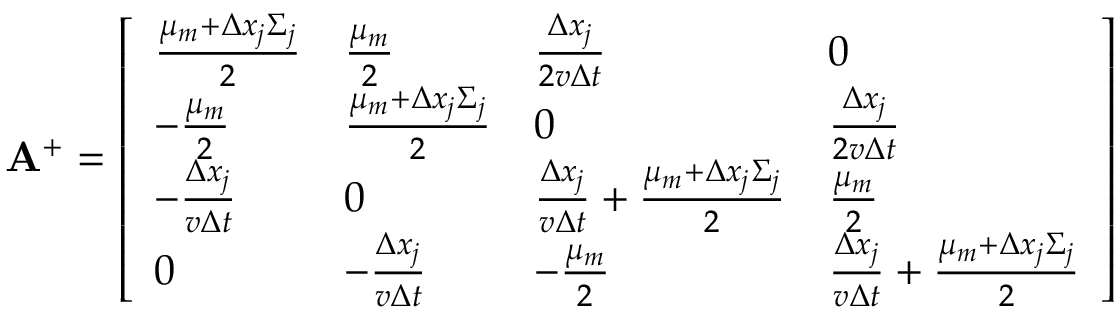
\mathbf { A } ^ { + } = \left[ \begin{array} { l l l l } { \frac { \mu _ { m } + \Delta x _ { j } \Sigma _ { j } } { 2 } } & { \frac { \mu _ { m } } { 2 } } & { \frac { \Delta x _ { j } } { 2 v \Delta t } } & { 0 } \\ { - \frac { \mu _ { m } } { 2 } } & { \frac { \mu _ { m } + \Delta x _ { j } \Sigma _ { j } } { 2 } } & { 0 } & { \frac { \Delta x _ { j } } { 2 v \Delta t } } \\ { - \frac { \Delta x _ { j } } { v \Delta t } } & { 0 } & { \frac { \Delta x _ { j } } { v \Delta t } + \frac { \mu _ { m } + \Delta x _ { j } \Sigma _ { j } } { 2 } } & { \frac { \mu _ { m } } { 2 } } \\ { 0 } & { - \frac { \Delta x _ { j } } { v \Delta t } } & { - \frac { \mu _ { m } } { 2 } } & { \frac { \Delta x _ { j } } { v \Delta t } + \frac { \mu _ { m } + \Delta x _ { j } \Sigma _ { j } } { 2 } } \end{array} \right]